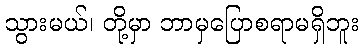
သွားမယ်၊ တို့မှာ ဘာမှပြောစရာမရှိဘူး